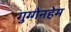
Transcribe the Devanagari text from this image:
गुग्गेनहेम